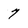
Character: 7